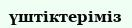
үштіктеріміз